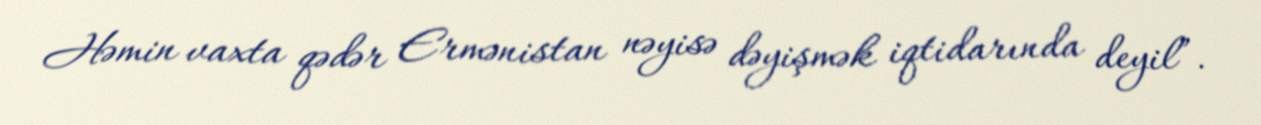
Həmin vaxta qədər Ermənistan nəyisə dəyişmək iqtidarında deyil”.